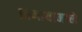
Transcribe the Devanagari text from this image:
प्राणायामाने